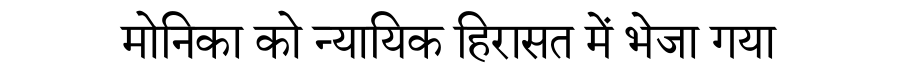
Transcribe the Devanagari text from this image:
मोनिका को न्यायिक हिरासत में भेजा गया